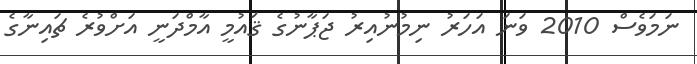
ނަމަވެސް 2010 ވަނަ އަހަރު ނިމުނުއިރު ޖަޕާނުގެ ޤައުމީ އާމްދަނީ އަށްވުރެ ޗައިނާގެ